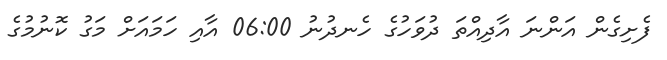
ފެށިގެން އަންނަ އާދިއްތަ ދުވަހުގެ ހެނދުނު 06:00 އާއި ހަމައަށް މަގު ކޮނުމުގެ